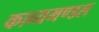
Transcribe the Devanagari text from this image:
काव्यमण्डल